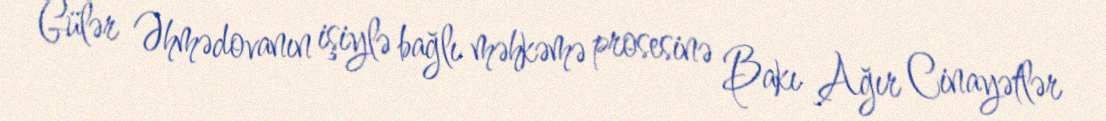
Gülər Əhmədovanın işiylə bağlı məhkəmə prosesinə Bakı Ağır Cinayətlər